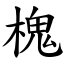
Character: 槐